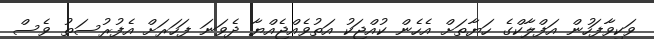
ވަކިވާފަހުން އަފްލާކްގެ ހަޔާތަށް އެހެން ކުއްޖަކު އަތުވެއްޖެއްޔާ ދެވަނަ ފަހަރަށް އެފުރުސަތު ވެސް